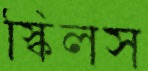
স্কিলস